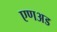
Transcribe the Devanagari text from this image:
एणअड